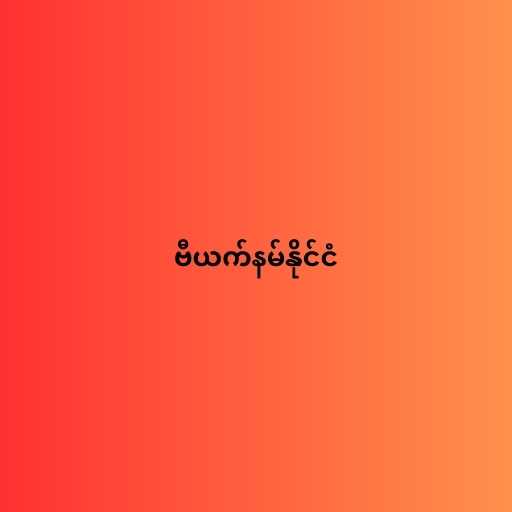
ဗီယက်နမ်နိုင်ငံ